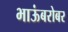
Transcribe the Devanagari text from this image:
भाऊंबरोबर